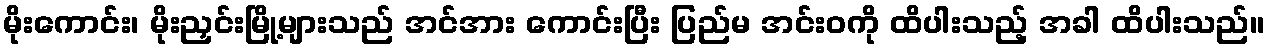
မိုးကောင်း၊ မိုးညှင်းမြို့များသည် အင်အား ကောင်းပြီး ပြည်မ အင်းဝကို ထိပါးသည့် အခါ ထိပါးသည်။